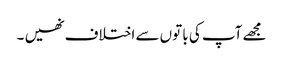
مجھے آپ کی با توں سے اختلاف نھیں ۔